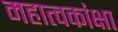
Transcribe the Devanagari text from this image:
महात्वकांक्षा